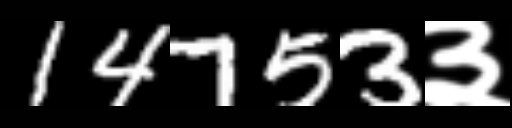
Text: 14753३